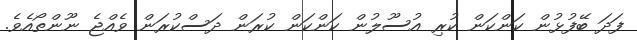
ފަދަ ބޭފުޅުން ކަންކަން ކުރި އުސޫލުން ކަންކަން ކުރަން ދަސްކުރަން ވެއްޖެ ނޫންތޯއެވެ.